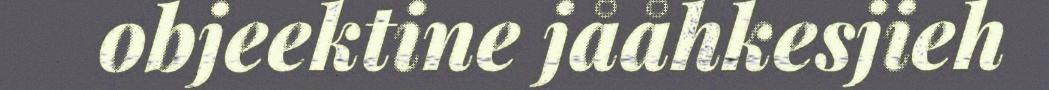
objeektine jååhkesjieh